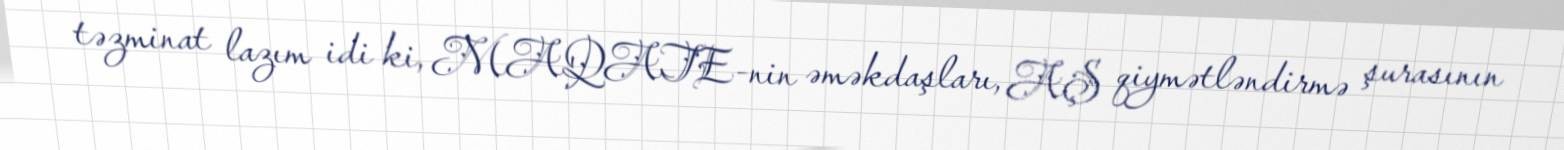
təzminat lazım idi ki, MAQATE-nin əməkdaşları, AŞ qiymətləndirmə şurasının